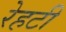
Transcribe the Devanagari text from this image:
रेहटी